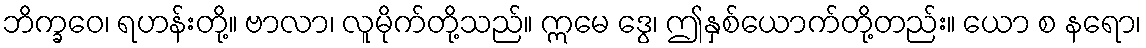
ဘိက္ခဝေ၊ ရဟန်းတို့။ ဗာလာ၊ လူမိုက်တို့သည်။ ဣမေ ဒွေ၊ ဤနှစ်ယောက်တို့တည်း။ ယော စ နရော၊